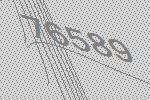
76589